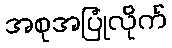
အစုအပြုံလိုက်